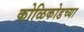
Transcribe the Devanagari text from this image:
कोळिकोडच्या